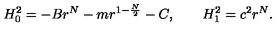
H _ { 0 } ^ { 2 } = - B r ^ { N } - m r ^ { 1 - \frac { N } { 2 } } - C , \qquad H _ { 1 } ^ { 2 } = c ^ { 2 } r ^ { N } .